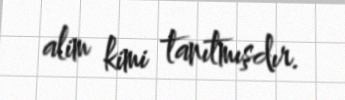
alim kimi tanıtmışdır.